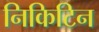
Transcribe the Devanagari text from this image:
निकिटिन